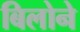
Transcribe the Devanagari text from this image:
बिलोने